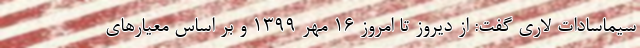
سیماسادات لاری گفت: از دیروز تا امروز ۱۶ مهر ۱۳۹۹ و بر اساس معیارهای